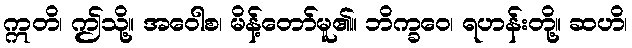
ဣတိ၊ ဤသို့။ အဝေါစ၊ မိန့်တော်မူ၏။ ဘိက္ခဝေ၊ ရဟန်းတို့။ ဆဟိ၊